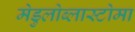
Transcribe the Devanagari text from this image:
मेडुलोब्लास्टोमा